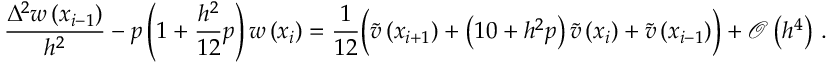
\frac { { \Delta } ^ { 2 } w \left( { x } _ { i - 1 } \right) } { { h } ^ { 2 } } - { p } \left( 1 + \frac { { h } ^ { 2 } } { 1 2 } { p } \right) w \left( { x } _ { i } \right) = \frac { 1 } { 1 2 } \Bigl ( \tilde { v } \left( { x } _ { i + 1 } \right) + \left( 1 0 + { h } ^ { 2 } { p } \right) \tilde { v } \left( { x } _ { i } \right) + \tilde { v } \left( { x } _ { i - 1 } \right) \Bigr ) + \mathcal { O } \left( { h } ^ { 4 } \right) \, .